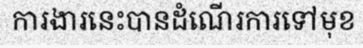
ការងារនេះបានដំណើរការទៅមុខ